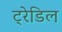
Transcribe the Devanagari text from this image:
ट्रेडिल